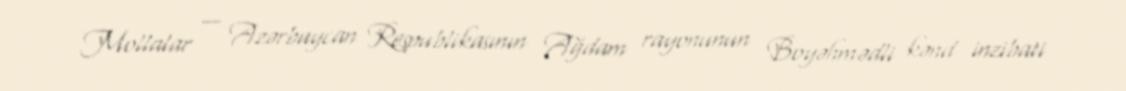
Mollalar — Azərbaycan Respublikasının Ağdam rayonunun Boyəhmədli kənd inzibati